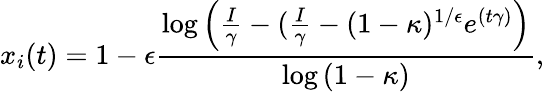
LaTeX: x_{i}(t)=1-\epsilon\frac{\log{\left(\frac{I}{\gamma}-(\frac{I}{\gamma}-(1-\kappa)^{1/\epsilon}e^{(t\gamma)}\right)}}{\log{(1-\kappa)}},